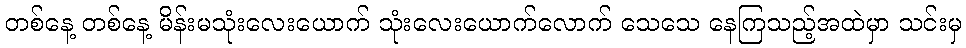
တစ်နေ့ တစ်နေ့ မိန်းမသုံးလေးယောက် သုံးလေးယောက်လောက် သေသေ နေကြသည့်အထဲမှာ သင်းမှ